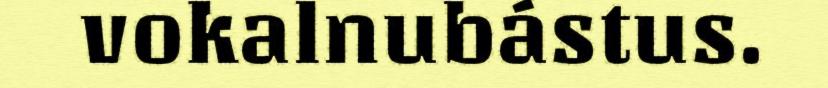
vokalnubástus.